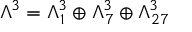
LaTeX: \Lambda ^ { 3 } = \Lambda _ { 1 } ^ { 3 } \oplus \Lambda _ { 7 } ^ { 3 } \oplus \Lambda _ { 2 7 } ^ { 3 }